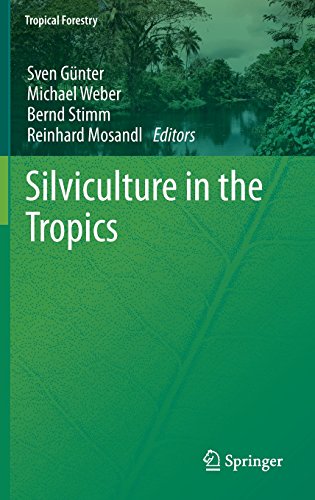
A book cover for Silviculture in the Tropics (Tropical Forestry); Science & Math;